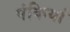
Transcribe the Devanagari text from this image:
पंकियां